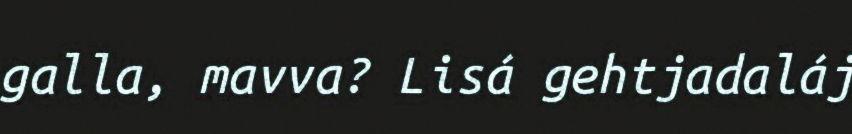
galla, mavva? Lisá gehtjadaláj